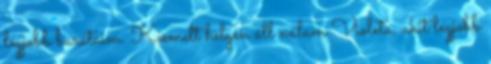
legjobb barátaim. Kiemelt helyen áll nálam Violeta, akit legjobb